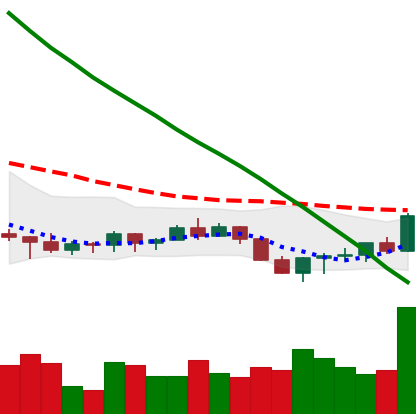
Ticker: ADA-USD
Chart end date: 2022-07-18
Forward return: 5.04%
Label: up_5_7